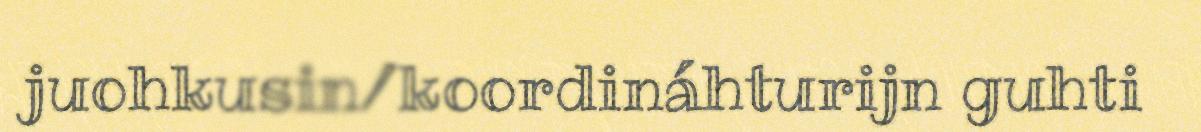
juohkusin/koordináhturijn guhti